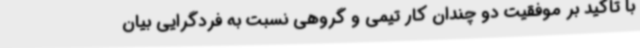
با تاکید بر موفقیت دو چندان کار تیمی و گروهی نسبت به فردگرایی بیان